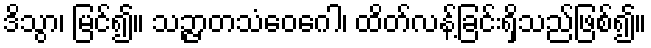
ဒိသွာ၊ မြင်၍။ သဉ္ဇာတသံဝေဂေါ၊ ထိတ်လန့်ခြင်းရှိသည်ဖြစ်၍။